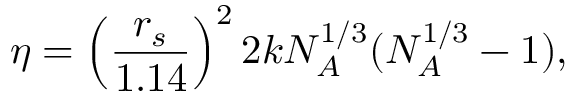
\eta = \left( \frac { r _ { s } } { 1 . 1 4 } \right) ^ { 2 } 2 k N _ { A } ^ { 1 / 3 } ( N _ { A } ^ { 1 / 3 } - 1 ) ,